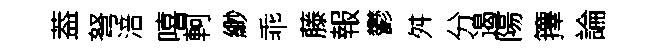
葢弩涪嘻軻緲乖藤報鬱舛分遏陽籜論